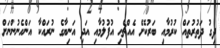
ދިގު ދަތުރުތައް ކުރުމާއި ބަރުކޮށް އެއްޗެހި އުފުލުމާއި އަދި އަނިޔާގެ ނުރައްކާ އަންހެނުންނަށް